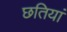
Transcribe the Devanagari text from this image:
छतियां